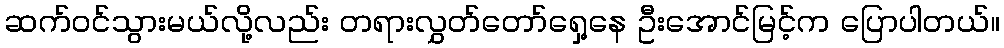
ဆက်ဝင်သွားမယ်လို့လည်း တရားလွှတ်တော်ရှေ့နေ ဦးအောင်မြင့်က ပြောပါတယ်။